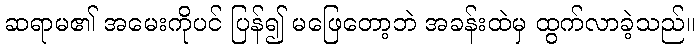
ဆရာမ၏ အမေးကိုပင် ပြန်၍ မဖြေတော့ဘဲ အခန်းထဲမှ ထွက်လာခဲ့သည်။